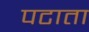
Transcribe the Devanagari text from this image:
पटाता